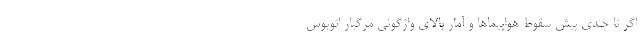
اگر تا چندی پیش سقوط هواپیماها و آمار بالای واژگونی مرگبار اتوبوس